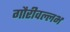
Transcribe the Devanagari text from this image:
गौरीवल्लभ